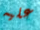
عليه